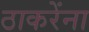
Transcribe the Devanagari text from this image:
ठाकरेंना